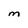
Character: M